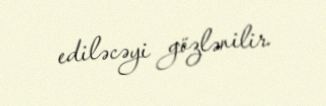
ediləcəyi gözlənilir.